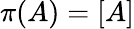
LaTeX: \pi(A)=[A]